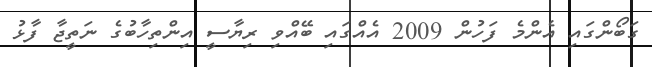
ގަބޯންގައި އެންމެ ފަހުން 2009 އެއްގައި ބޭއްވި ރިޔާސީ އިންތިހާބުގެ ނަތީޖާ ފާޅު